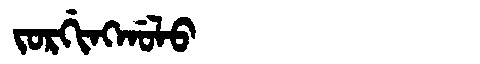
Manchu: ᠵᠣᡵᡤᡳᠩᡤᠣᠯᠣ
Romanization: JORGINGGOLO